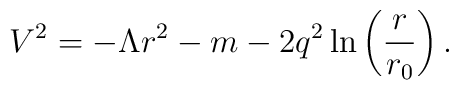
V^2 = -\Lambda r^2 - m - 2 q^2 \ln \left( \frac{r}{r_0} \right).